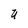
Character: U